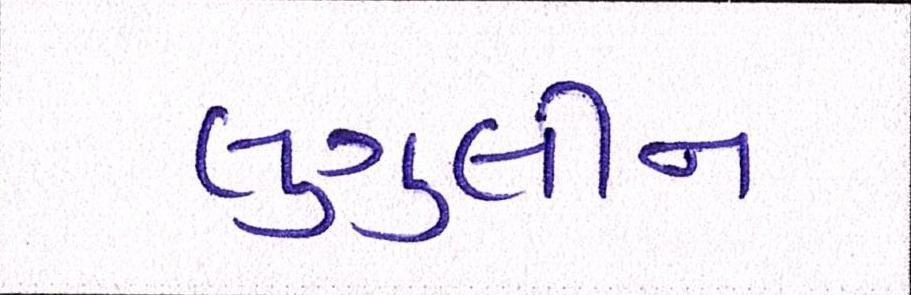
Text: લુગુલીન